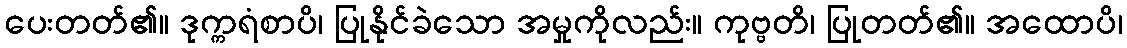
ပေးတတ်၏။ ဒုက္ကရံစာပိ၊ ပြုနိုင်ခဲသော အမှုကိုလည်း။ ကုဗ္ဗတိ၊ ပြုတတ်၏။ အထောပိ၊